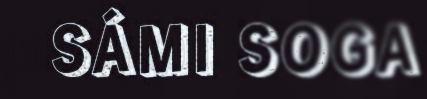
SÁMI SOGA